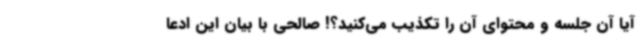
آیا آن جلسه و محتوای آن را تکذیب می‌کنید؟! صالحی با بیان این ادعا